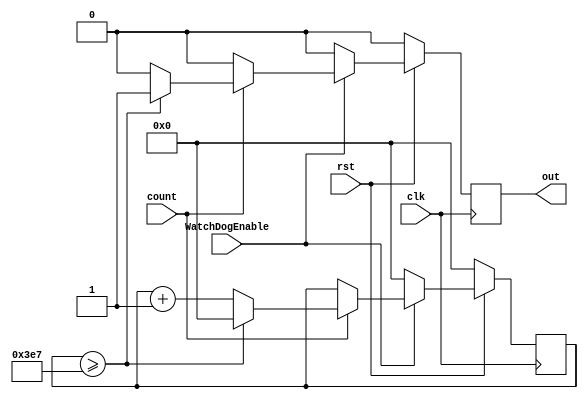
module Count1000_WatchDog(clk,rst,count, WatchDogEnable, out);
input clk,rst,count,WatchDogEnable;
output reg out;
reg [9:0] counter;

	always@(posedge clk)
	begin
	
		if(rst==0)
			begin
	
				out<=0;
				counter<=0;

			end

		else
			begin
				if(WatchDogEnable==1)
				begin

					if(count==1)
					begin
						
							if(counter>=999)
							begin
								out<=1;
								counter<=0;
							end
							else
							begin
								counter<=counter+1;
								out<=0;
							end
					end
					else
					begin
					
						out<=0;
					end
				
				end
				else
				begin
					counter<=0;
					out<=0;
				end
			end
	end
endmodule